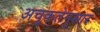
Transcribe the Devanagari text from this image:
अचूकतेनुसार